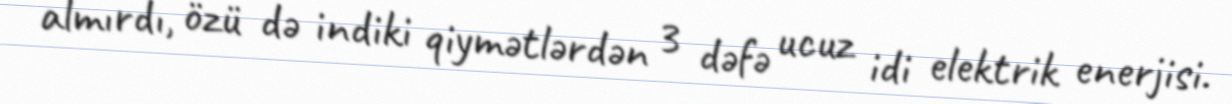
almırdı, özü də indiki qiymətlərdən 3 dəfə ucuz idi elektrik enerjisi.